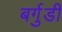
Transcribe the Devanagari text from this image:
बर्गुडी